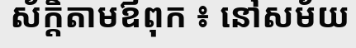
ស័ក្តិតាមឪពុក ៖ នៅសម័យ